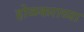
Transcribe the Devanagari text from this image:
होळकराच्या